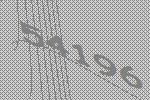
54196